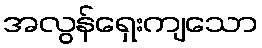
အလွန်ရှေးကျသော